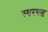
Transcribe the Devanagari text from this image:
स्‍वरबद्ध